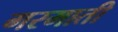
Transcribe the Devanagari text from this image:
गरमाती